Leaving Certificate Examination, 1903
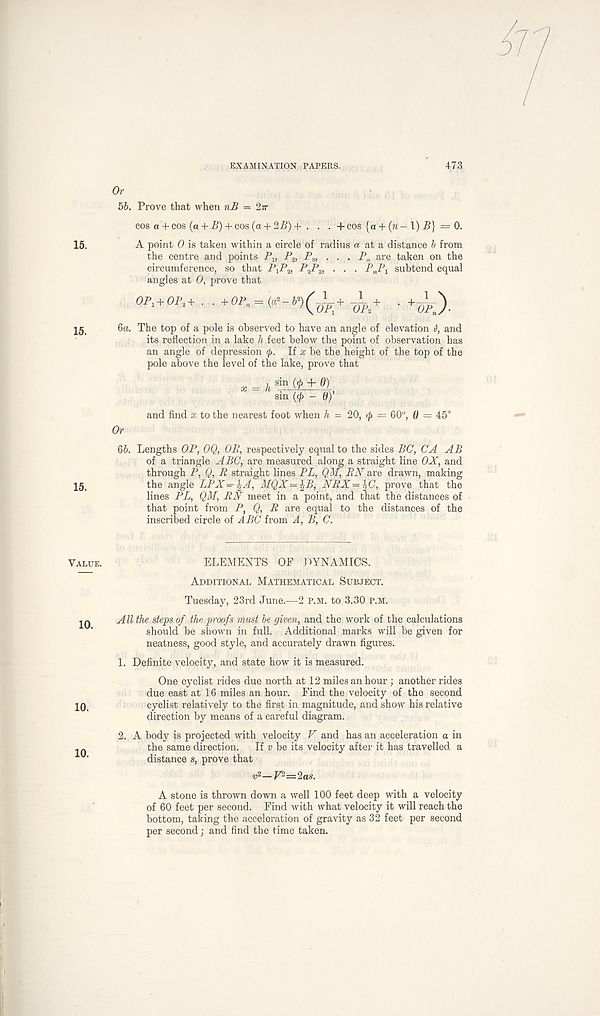
15.
15.
15.
Value.
10.
10.
10.
EXAMINATION PAPERS.
473
Or
56. Prove that when nB =
cos a + cos (a +-B) + cos (a + 2J5) + . . . +cos {a + (m-1) 5} = 0.
A point 0 is taken within a circle of radius a at a distance b from
the centre and points P x , P 2 , P 8 , . . . P n are taken on the
circumference, so that PiP 2 , -PjP 3 > • • • P»Pi subtend equal
angles at 0, prove that
ба. The top of a pole is observed to have an angle of elevation 6, and
its reflection in a lake h feet below the point of observation has
an angle of depression 0. If x be the height of the top of the
pole above the level of the lake, prove that
h
sin (ft + A)
sin (0 - 0y
and find x to the nearest foot when h = 20, ip = 60°, 0 = 45°
Or
бб. Lengths OP, OQ, OP, respectively equal to the sides BC, CA AB
of a triangle ABC, are measured along a straight line OX, and
through P, Q, R straight lines PL, QM, RN are drawn, making
the angle LPX =- \A, MQX = ^B, NRX = \C, prove that the
lines PL, QM, RN meet in a point, and that the distances of
that point from P, Q, R are equal to the distances of the
inscribed circle of ABC from A, B, C.
ELEMENTS OF DYNAMICS.
Additional Mathematical Subject.
Tuesday, 23rd June.—2 P.M. to 3.30 p.m.
A ll the steps of the proofs must be given, and the work of the calculations
should be shown in full. Additional marks will be given for
neatness, good style, and accurately drawn figures.
1. Definite velocity, and state how it is measured.
One cyclist rides due north at 12 miles an hour; another rides
due east at 16 miles an hour. Find the velocity of the second
cyclist relatively to the first in magnitude, and show his relative
direction by means of a careful diagram.
2. A body is projected with velocity V and has an acceleration a in
the same direction. If v be its velocity after it has travelled a
distance s, prove that
v 2 —V 2 =2as.
A stone is thrown down a well 100 feet deep with a velocity
of 60 feet per second. Find with what velocity it will reach the
bottom, taking the acceleration of gravity as 32 feet per second
per second; and find the time taken.